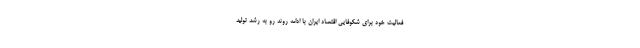
فعالیت خود برای شکوفایی اقتصاد ایران با ادامه روند رو به رشد تولید